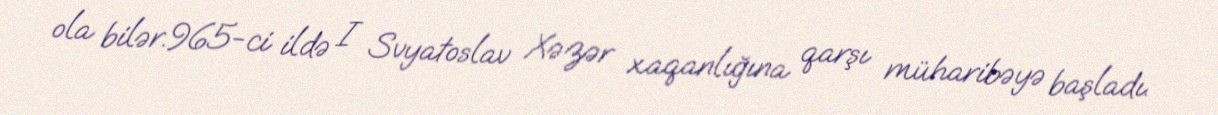
ola bilər.965-ci ildə I Svyatoslav Xəzər xaqanlığına qarşı müharibəyə başladı.